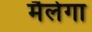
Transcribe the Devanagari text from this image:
मैलेगा